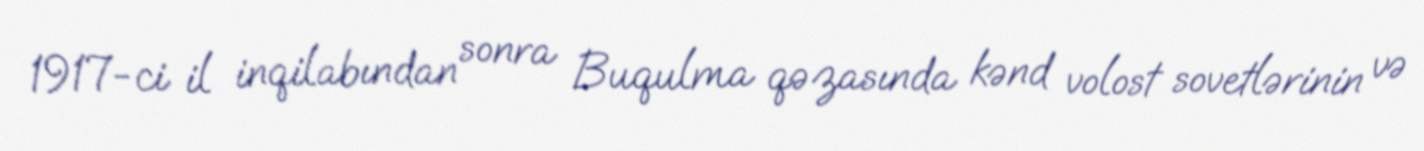
1917-ci il inqilabından sonra Buqulma qəzasında kənd volost sovetlərinin və